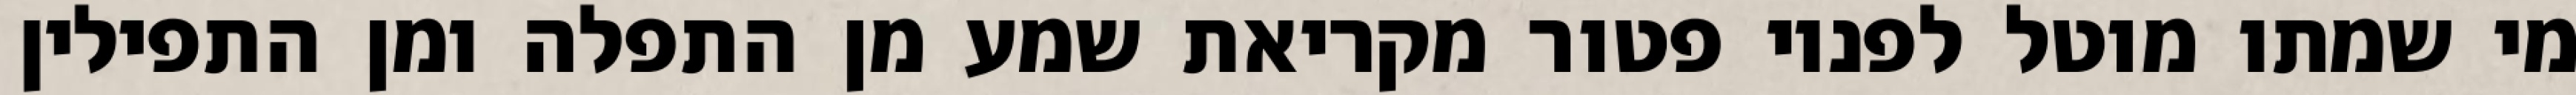
מי שמתו מוטל לפניו פטור מקריאת שמע מן התפלה ומן התפילין